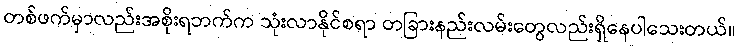
တစ်ဖက်မှာလည်းအစိုးရဘက်က သုံးလာနိုင်စရာ တခြားနည်းလမ်းတွေလည်းရှိနေပါသေးတယ်။